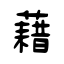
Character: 藉